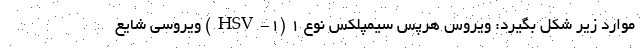
موارد زیر شکل بگیرد: ویروس هرپس سیمپلکس نوع 1 (HSV-1) ویروسی شایع